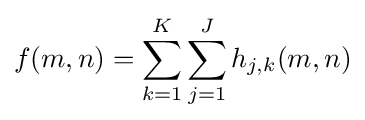
f(m,n)=\sum _{k=1}^{K}\sum _{j=1}^{J}h_{j,k}(m,n)